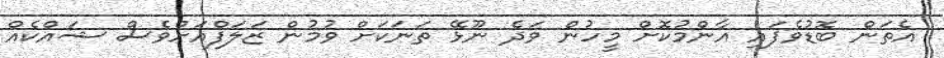
އެތަން ބޮޑުވެފައި އާންމުކޮށް މީހުން ވަދެ ނޫޅޭ ތަނަކަށް ވުމުން ޒަލަފްއަށްވެސް ޝައްކެއް